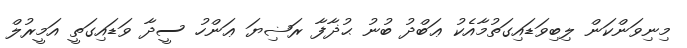
މިނިވަންކަން ލިބިވަޑައިގަތުމާއެކު ޢަބްދު ބުނު ޙުޛާފާ ރަޟިޔަ ޢަންހު ސީދާ ވަޑައިގަތީ އަމީރުލް